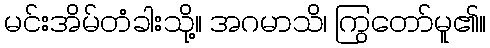
မင်းအိမ်တံခါးသို့။ အဂမာသိ၊ ကြွတော်မူ၏။